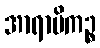
အာရာမိကဉ္စ